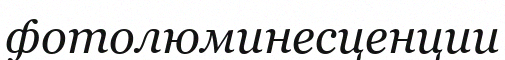
фотолюминесценции